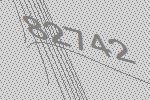
82742